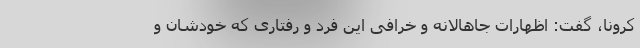
کرونا، گفت: اظهارات جاهالانه و خرافی این فرد و رفتاری که خودشان و